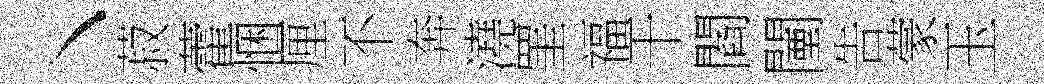
丶菽藿悃厘不奔澆罣福干閻闉告蒙玉